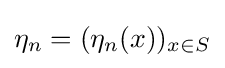
\eta _{n}=(\eta _{n}(x))_{x\in S}